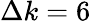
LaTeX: \Delta k=6